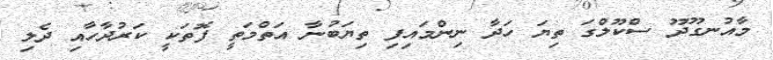
މާއުނގޫދޫ ސްކޫލްގަ ތިޔަ ހަދާ ނިންމައިފި ތިޔަބުނާ އަތްމަތީ ފޮތަކީ ކަރުދާހާއި ދެލި